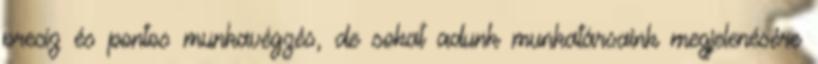
precíz és pontos munkavégzés, de sokat adunk munkatársaink megjelenésére